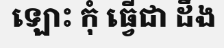
ឡោះ កុំ ធ្វើជា ដឹង